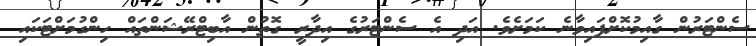
ސެންޓަރުން ގާއިމުކޮށްފައިވާނެ ކަމަށެވެ. އަދި އެ ސެންޓަރުގެ އިދާރީ ގޮތުން އާބިޓްރޭޝަންތައް ހިންގުމަށްޓަކައި